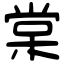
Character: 棠